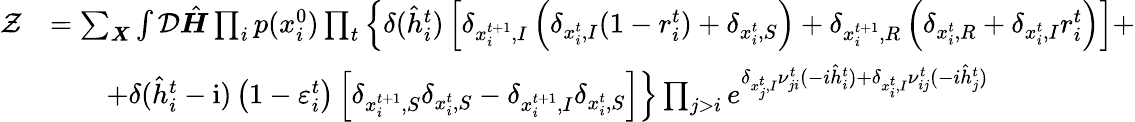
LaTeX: \begin{array}{rl}{\mathcal{Z}}&{=\sum_{\boldsymbol{X}}\int\mathcal{D}\hat{\boldsymbol{H}}\prod_{i}p(x_{i}^{0})\prod_{t}\left\{ \delta(\hat{h}_{i}^{t})\left[\delta_{x_{i}^{t+1},I}\left(\delta_{x_{i}^{t},I}(1-r_{i}^{t})+\delta_{x_{i}^{t},S}\right)+\delta_{x_{i}^{t+1},R}\left(\delta_{x_{i}^{t},R}+\delta_{x_{i}^{t},I}r_{i}^{t}\right)\right]+\right.}\\ &{\qquad\left.+\delta(\hat{h}_{i}^{t}-\mathrm{i})\left(1-\varepsilon_{i}^{t}\right)\left[\delta_{x_{i}^{t+1},S}\delta_{x_{i}^{t},S}-\delta_{x_{i}^{t+1},I}\delta_{x_{i}^{t},S}\right]\right\} \prod_{j>i}e^{\delta_{x_{j}^{t},I}\nu_{ji}^{t}(-i\hat{h}_{i}^{t})+\delta_{x_{i}^{t},I}\nu_{ij}^{t}(-i\hat{h}_{j}^{t})}}\end{array}